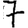
Digit: 7